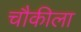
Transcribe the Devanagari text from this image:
चौकीला